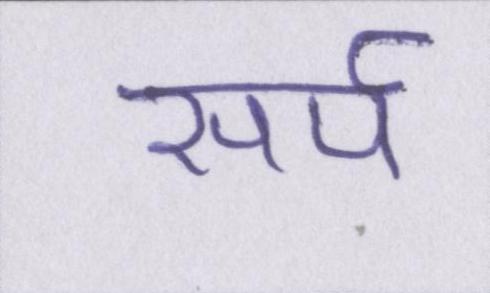
सर्प